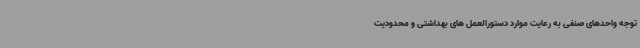
توجه واحدهای صنفی به رعایت موارد دستورالعمل های بهداشتی و محدودیت